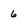
Character: 6